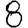
Digit: 8